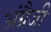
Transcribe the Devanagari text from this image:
अंग्रैजी